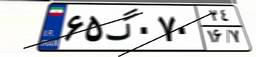
۶۵گ۰۷۰۲۴